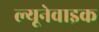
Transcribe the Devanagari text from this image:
ल्यूनेवाइक